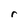
Character: r